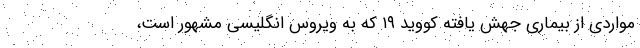
مواردی از بیماری جهش یافته کووید ۱۹ که به ویروس انگلیسی مشهور است،